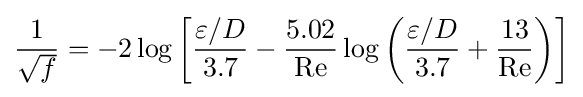
{\frac {1}{\sqrt {f}}}=-2\log \left[{\frac {\varepsilon /D}{3.7}}-{\frac {5.02}{\mathrm {Re} }}\log \left({\frac {\varepsilon /D}{3.7}}+{\frac {13}{\mathrm {Re} }}\right)\right]